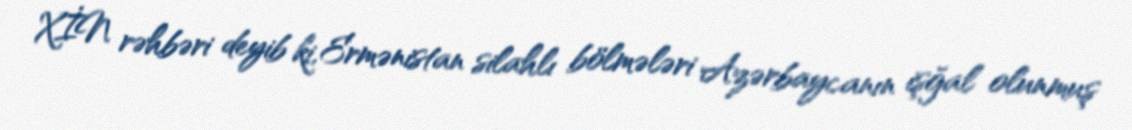
XİN rəhbəri deyib ki, Ermənistan silahlı bölmələri Azərbaycanın işğal olunmuş